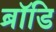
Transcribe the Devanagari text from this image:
ब्रॉडि